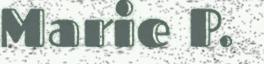
Marie P.